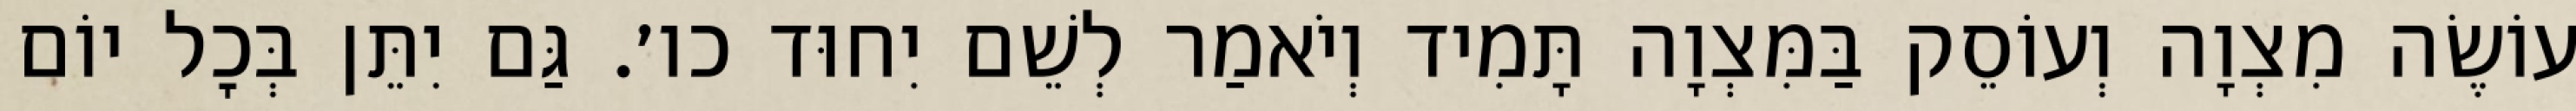
עוֹשֶׂה מִצְוָה וְעוֹסֵק בַּמִּצְוָה תָּמִיד וְיֹאמַר לְשֵׁם יִחוּד כו׳. גַּם יִתֵּן בְּכׇל יוֹם